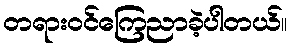
တရားဝင်ကြေညာခဲ့ပါတယ်။